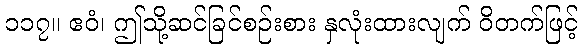
၁၁၇။ ဧဝံ၊ ဤသို့ဆင်ခြင်စဉ်းစား နှလုံးထားလျက် ဝိတက်ဖြင့်